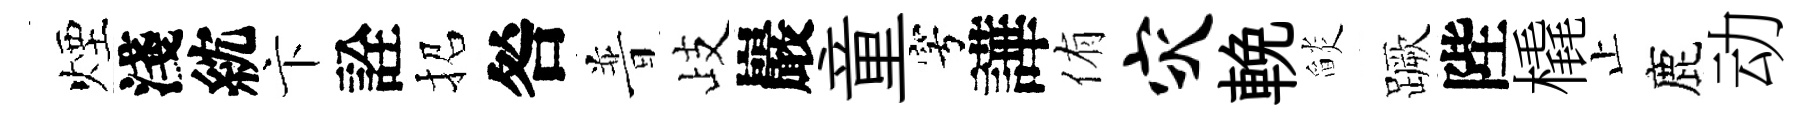
煙淺紞卞詮招咎普歧巖童穹譁侑灾輓𦦨蹶陛橇止鹿动